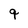
Character: q